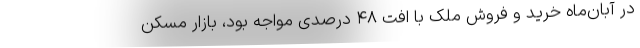
در آبان‌ماه خرید و فروش ملک با افت ۴۸ درصدی مواجه بود، بازار مسکن